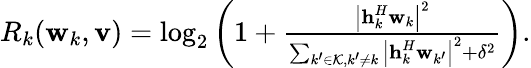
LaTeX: \begin{array}{r}{R_{k}(\textbf{w}_{k},\textbf{v})=\mathrm{log}_{2}\left(1+\frac{\left|{\textbf{h}}_{k}^{H}\textbf{w}_{k}\right|^{2}}{\sum_{k^{\prime}\in\mathcal{K},k^{\prime}\ne k}\left|{\textbf{h}}_{k}^{H}\textbf{w}_{k^{\prime}}\right|^{2}+\delta^{2}}\right).}\end{array}